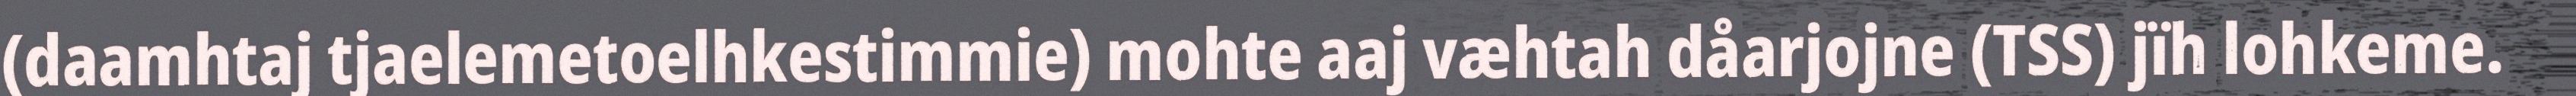
(daamhtaj tjaelemetoelhkestimmie) mohte aaj væhtah dåarjojne (TSS) jïh lohkeme.